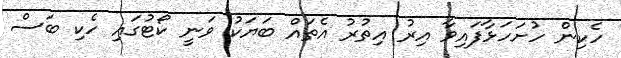
ހެކިން ހުށަހަޅާފައިވާ އިރު އިތުރު އެތައް ބަޔަކު ވަނީ ކޯޓުގައި ހެކި ބަސް